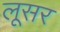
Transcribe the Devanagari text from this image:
लूसर